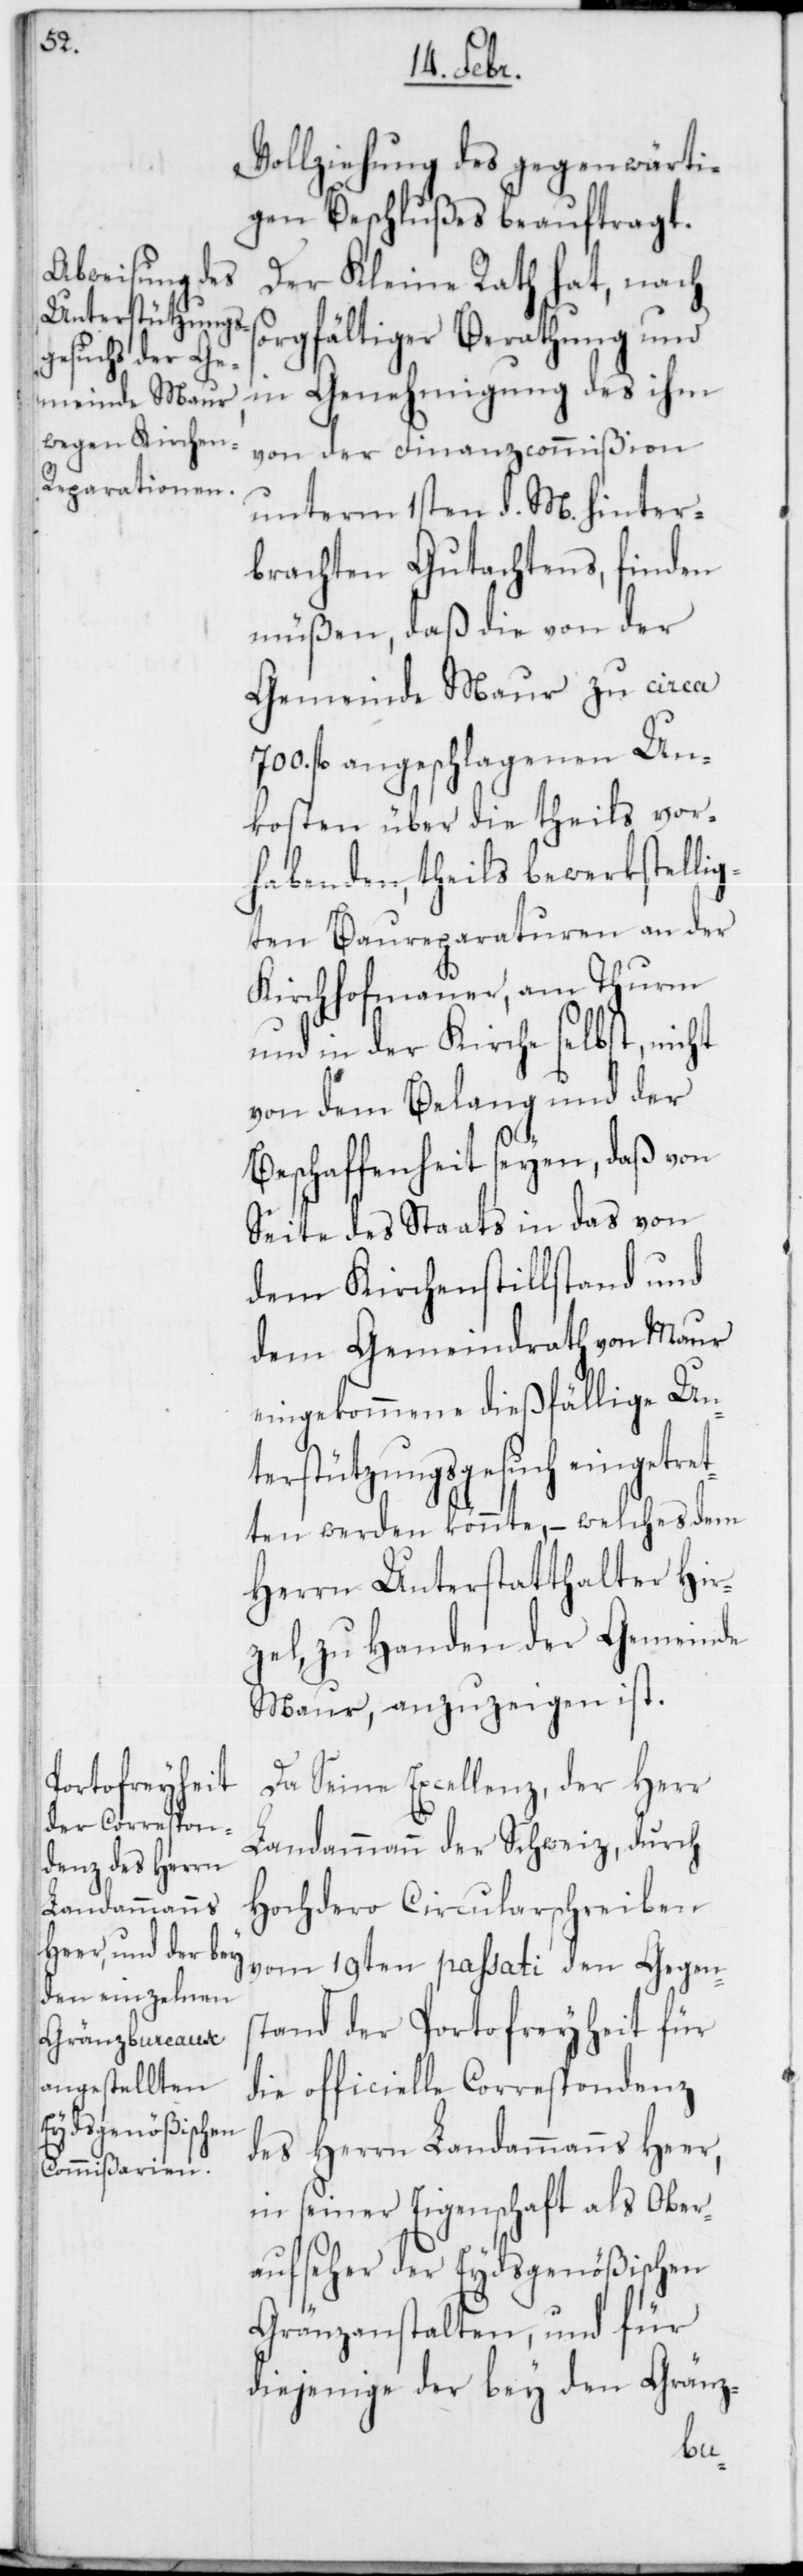
s¬

Vollziehung des gegenwärti¬
gen Beschlußes beauftragt.
Der Kleine Rath hat, nach
orgfältiger Berathung und
in Genehmigung des ihm
von der Finanzcommißion
unterm 1sten d. M. hinter¬
brachten Gutachtens, finden
müßen, daß die von der
Gemeinde Maur zu circa
fl. angeschlagenen Un¬
kosten über die theils vor¬
habenden, theils bewerkstellig¬
ten Baureparaturen an der
Kirchhofmauer, am Thurm
und in der Kirche selbst, nicht
von dem Belang und der
Beschaffenheit seyen, daß von
Seite des Staats in das von
dem Kirchenstillstand und
dem Gemeindrath von Maur
eingekommene dießfällige Un¬
terstützungsgesuch eingetret¬
ten werden könnte, – welches dem
Herrn Unterstatthalter Hir¬
zel, zu Handen der Gemeinde
Maur, anzuzeigen ist.
Da Seine Excellenz, der Herr
Landammann der Schweiz, durch
Hochdero Circularschreiben
vom 19ten passati den Gegens¬
tand der Portofreyheit für
die officielle Correspondenz
des Herrn Landammanns Heer,
in seiner Eigenschaft als Ober¬
aufseher der Eydsgenößischen
Gränzanstalten, und für
diejenige der bey den Gränz-